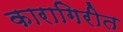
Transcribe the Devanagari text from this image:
कारागिरीत